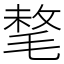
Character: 㲠